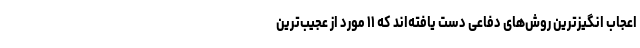
اعجاب انگیزترین روش‌های دفاعی دست یافته‌اند که ۱۱ مورد از عجیب‌ترین